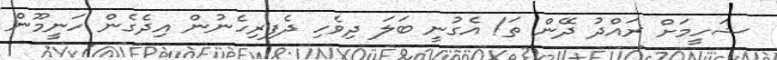
ޝަހީމަށް ރައްދު ދޭން ތަ! އެގުނީ ބަލަ ދިވެހި ދެފިރިހެނުން އިދެގެން ހަނީމޫން